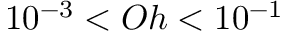
{ 1 0 ^ { - 3 } < O h < 1 0 ^ { - 1 } }